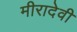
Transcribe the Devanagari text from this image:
मीरादेवी